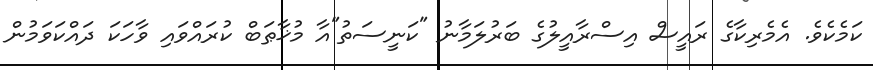
ކަމެކެވެ. އެމެރިކާގެ ރައީސް އިސްރާއީލުގެ ބަރުލަމާނު "ކަނީސަތު"އާ މުޚާޠަބް ކުރައްވައި ވާހަކަ ދައްކަވަމުން